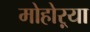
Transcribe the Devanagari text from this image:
मोहोऱ्या